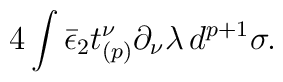
4 \int \bar\epsilon_2 t_{(p)}^\nu \partial_\nu \lambda\, d^{p+1} \sigma.